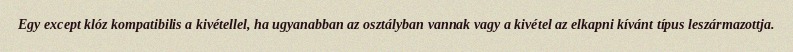
Egy except klóz kompatibilis a kivétellel, ha ugyanabban az osztályban vannak vagy a kivétel az elkapni kívánt típus leszármazottja.